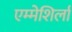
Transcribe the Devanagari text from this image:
एम्मेशिर्ला